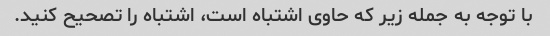
با توجه به جمله زیر که حاوی اشتباه است، اشتباه را تصحیح کنید.